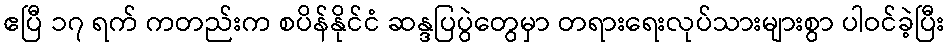
ဧပြီ ၁၇ ရက် ကတည်းက စပိန်နိုင်ငံ ဆန္ဒပြပွဲတွေမှာ တရားရေးလုပ်သားများစွာ ပါဝင်ခဲ့ပြီး